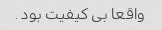
واقعا بی کیفیت بود .